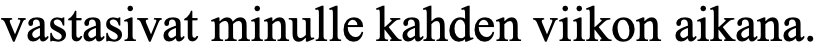
vastasivat minulle kahden viikon aikana.